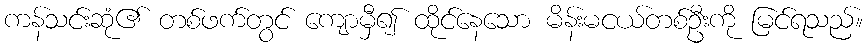
ကန်သင်းဆုံ၏ တစ်ဖက်တွင် ကျောမှီ၍ ထိုင်နေသော မိန်းမငယ်တစ်ဦးကို မြင်ရသည်။